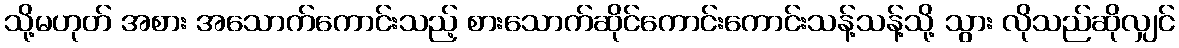
သို့မဟုတ် အစား အသောက်ကောင်းသည့် စားသောက်ဆိုင်ကောင်းကောင်းသန့်သန့်သို့ သွား လိုသည်ဆိုလျှင်